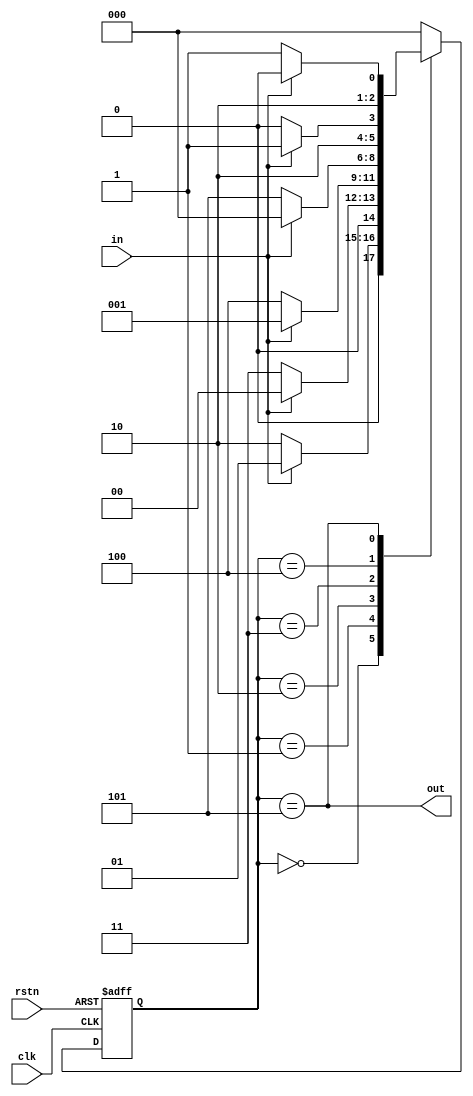
module detector (
    input clk, rstn, in,
    output out
);
    localparam S0 = 3'b000;    
    localparam S1 = 3'b001;    
    localparam S2 = 3'b010;    
    localparam S3 = 3'b011;    
    localparam S4 = 3'b100;
    localparam S5 = 3'b101;    

    reg [2 : 0] ns, cs;

    always @(*) begin
        case (cs)
            S0:         ns = in ? S1 : S2;
            S1:         ns = in ? S0 : S3;
            S2:         ns = in ? S1 : S4;
            S3:         ns = in ? S0 : S5;
            S4:         ns = in ? S5 : S4;
            S5:         ns = in ? S4 : S5;
            default:    ns = S0;
        endcase
    end

    always @(posedge clk, negedge rstn) begin
        if (!rstn)
            cs <= S0;
        else
            cs <= ns;
    end

    assign out = (cs == S5);
endmodule